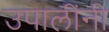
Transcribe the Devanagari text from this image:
उपालींनी